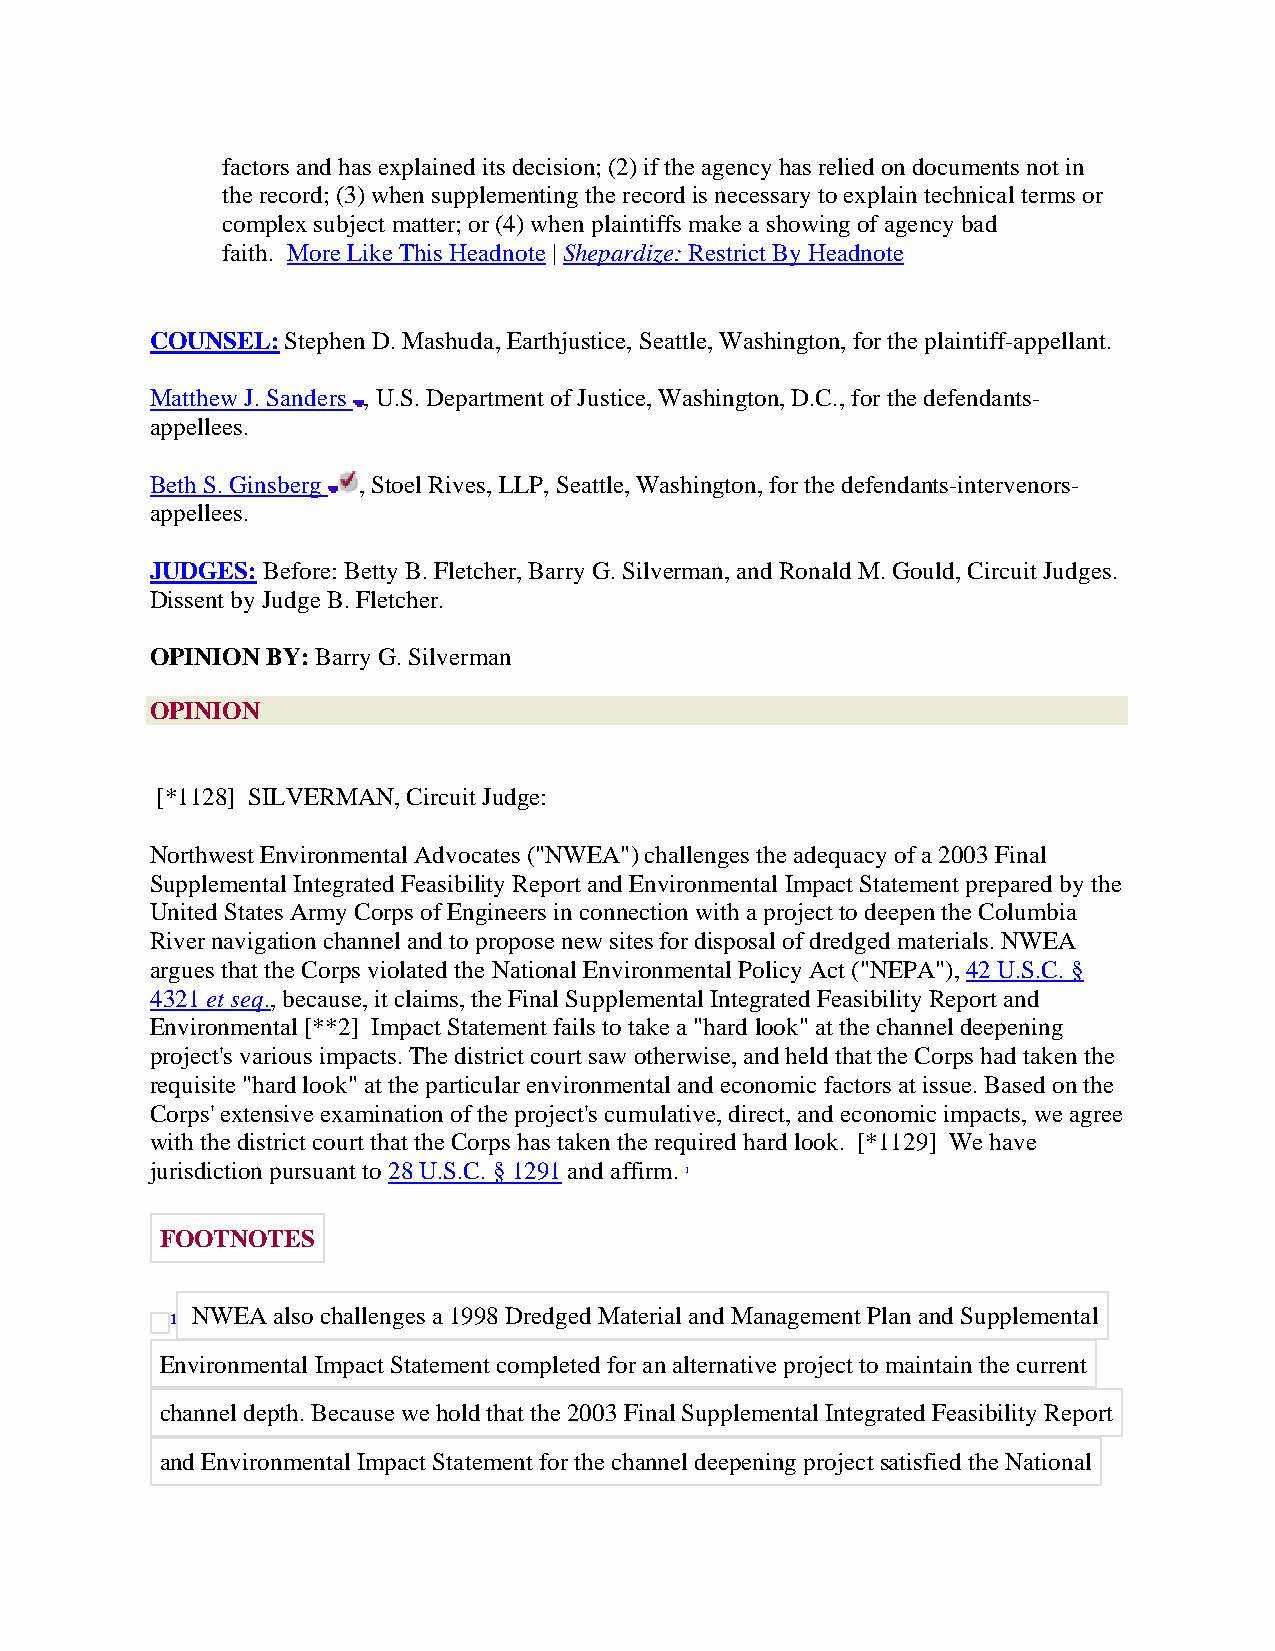
factors and has explained its decision; (2) if the agency has relied on documents not in
 the record; (3) when supplementing the record is necessary to explain technical terms or
 complex subject matter; or (4) when plaintiffs make a showing of agency bad
 faith. More Like This Headnote | Shepardize: Restrict By Headnote
 COUNSEL: Stephen D. Mashuda, Earthjustice, Seattle, Washington, for the plaintiff-appellant.
 Matthew J. Sanders , U.S. Department of Justice, Washington, D.C., for the defendants-
 appellees.
 Beth S. Ginsberg , Stoel Rives, LLP, Seattle, Washington, for the defendants-intervenors-
 appellees.
 JUDGES: Before: Betty B. Fletcher, Barry G. Silverman, and Ronald M. Gould, Circuit Judges.
 Dissent by Judge B. Fletcher.
 OPINION BY: Barry G. Silverman
 OPINION
 [*1128] SILVERMAN, Circuit Judge:
 Northwest Environmental Advocates ("NWEA") challenges the adequacy of a 2003 Final
 Supplemental Integrated Feasibility Report and Environmental Impact Statement prepared by the
 United States Army Corps of Engineers in connection with a project to deepen the Columbia
 River navigation channel and to propose new sites for disposal of dredged materials. NWEA
 argues that the Corps violated the National Environmental Policy Act ("NEPA"), 42 U.S.C. §
 4321 et seq., because, it claims, the Final Supplemental Integrated Feasibility Report and
 Environmental [**2] Impact Statement fails to take a "hard look" at the channel deepening
 project's various impacts. The district court saw otherwise, and held that the Corps had taken the
 requisite "hard look" at the particular environmental and economic factors at issue. Based on the
 Corps' extensive examination of the project's cumulative, direct, and economic impacts, we agree
 with the district court that the Corps has taken the required hard look. [*1129] We have
 jurisdiction pursuant to 28 U.S.C. § 1291 and affirm. 1
 FOOTNOTES
 NWEA also challenges a 1998 Dredged Material and Management Plan and Supplemental
 1
 Environmental Impact Statement completed for an alternative project to maintain the current
 channel depth. Because we hold that the 2003 Final Supplemental Integrated Feasibility Report
 and Environmental Impact Statement for the channel deepening project satisfied the National